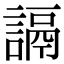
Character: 䛿